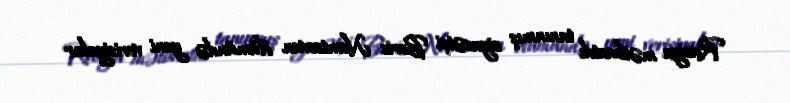
Rusiya mətbuatdı tanınmış siyasətçi Boris Nemtsovun ölümündə yeni verisiyalar